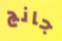
جانج